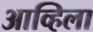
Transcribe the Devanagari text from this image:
आव्हिला